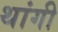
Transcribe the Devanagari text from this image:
थांगी